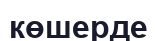
көшерде